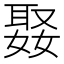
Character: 𭒒